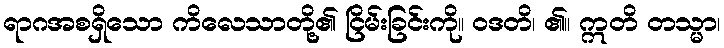
ရာဂအစရှိသော ကိလေသာတို့၏ ငြိမ်းခြင်းကို။ ဝဒတိ၊ ၏။ ဣတိ တသ္မာ၊